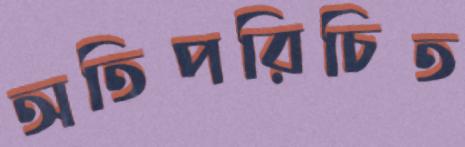
অতিপরিচিত